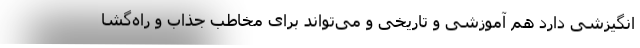
انگیزشی دارد هم آموزشی و تاریخی و می‌تواند برای مخاطب جذاب و راه‌گشا